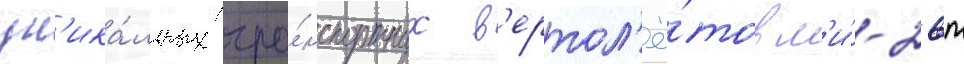
ун'ика́льных тра́нспортных в'ертол'ё́тов м'и́-26т